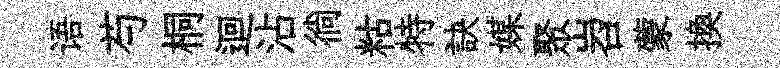
语芍桐迴沾徜䊀特訣媒聚岧蒙換